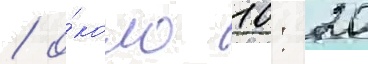
/ о́коло 10: 20